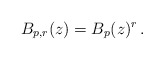
\begin{align*}B_{p,r}(z) = B_p(z)^r \,.\end{align*}